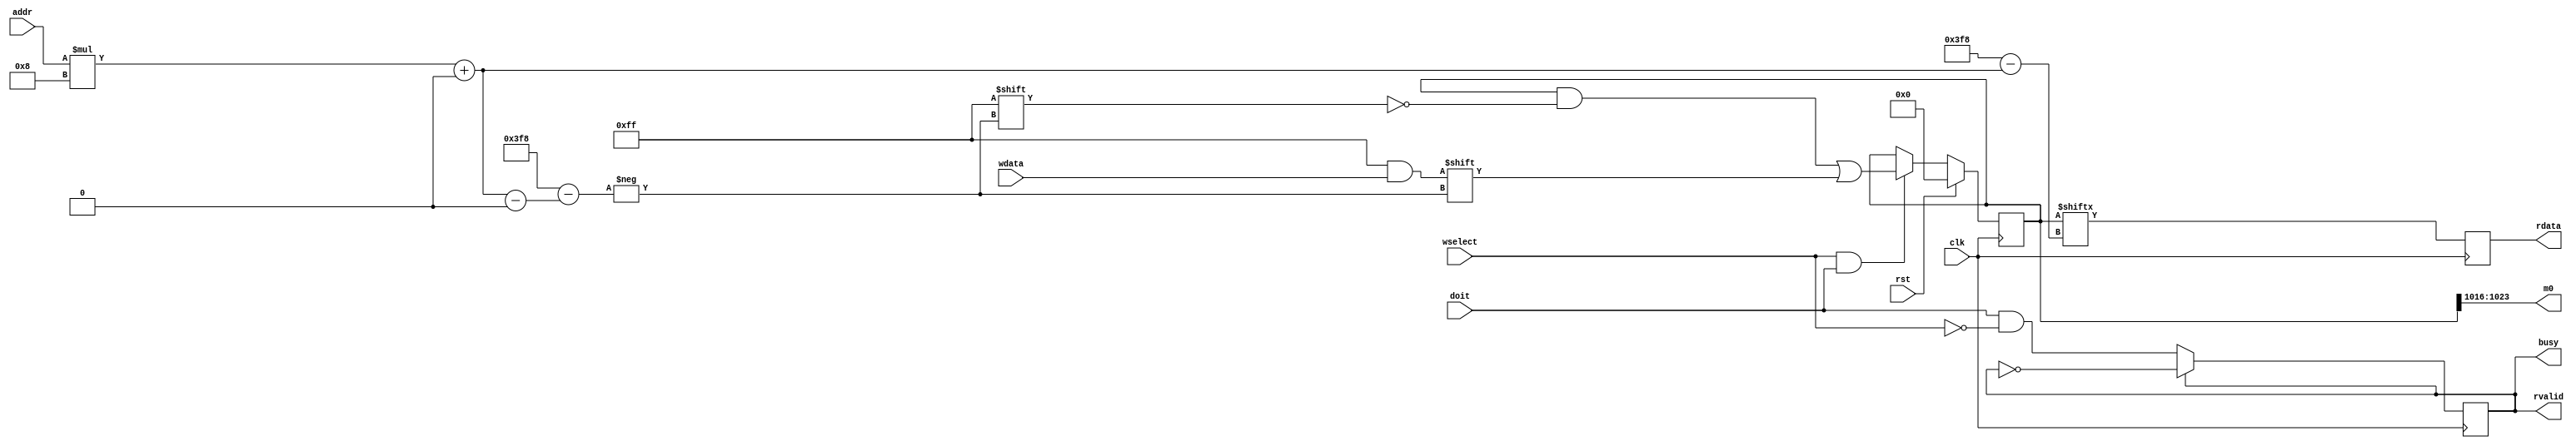
module mem_sim_delay1 #(parameter logsize = 7)
   (
    input             clk,
    input             rst,
   
    input [1:logsize] addr,
    input [1:8]       wdata,
    input             wselect,
    input             doit,
    output            busy,
    output            rvalid,
    output reg [1:8]  rdata,
    output [7:0] m0
    );

   assign m0 = mem[0 +: 8];
   
   localparam size = 2 ** logsize;
   
   reg [0:8*size-1]   mem;
   
   assign rvalid = s;
   assign busy = s;
   reg                s; //0-idle, 1-done
   always @(posedge clk) s
     //This !wselect is wrong. We should take time even when wselect
     = s ? !s : (doit & !wselect);
   
   always @(posedge clk) rdata = mem[addr*8 +: 8];
   
   always @(posedge clk) 
     begin
        if (rst) mem = {size*8{1'b0}};
        else if (wselect & doit) mem[addr*8 +: 8] = wdata;
     end
   
endmodule